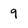
Character: 9